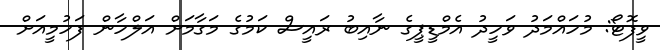
ވީފޮޓޯ: މުހައްމަދު ވަހީދު އެމްޑީޕީގެ ނާއިބު ރައީސް ކަމުގެ މަގާމަށް އަލްހާން ފަހުމީއަށް